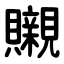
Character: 䞋